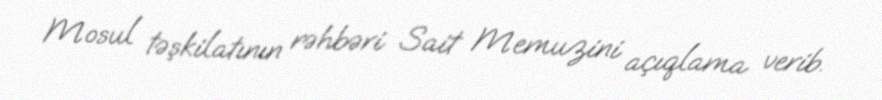
Mosul təşkilatının rəhbəri Sait Memuzini açıqlama verib.